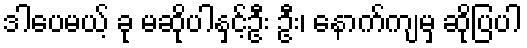
ဒါပေမယ့် ခု မဆိုပါနှင့်ဦး ဦး၊ နောက်ကျမှ ဆိုပြပါ